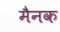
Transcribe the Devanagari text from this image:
मैनक